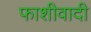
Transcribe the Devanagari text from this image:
फाशीवादी